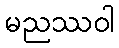
မညဿဝါ